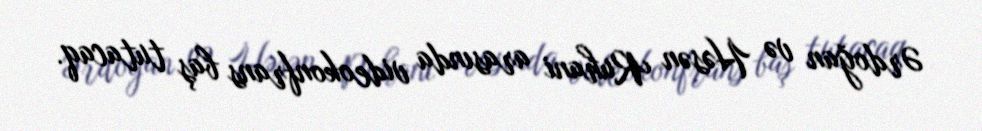
Ərdoğan və Həsən Ruhani arasında videokonfrans baş tutacaq.